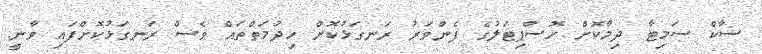
ސާކް ސަމިޓާ ދިމާކޮށް ހޮސްޕިޓަލުގެ ފެންވަރު ރަނގަޅުކޮށް ހިދުމަތްތައް ވެސް ރަނގަޅުކޮށްފައި ވާނީ.